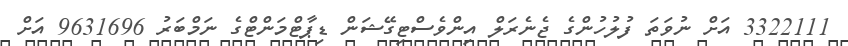
3322111 އަށް ނުވަތަ ފުލުހުންގެ ޖެނެރަލް އިންވެސްޓިގޭޝަން ޑިޕާޓްމަންޓްގެ ނަމްބަރު 9631696 އަށް